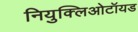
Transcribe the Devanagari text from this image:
नियुक्लिओटॉयड